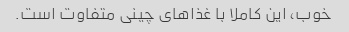
خوب، این کاملا با غذاهای چینی متفاوت است.